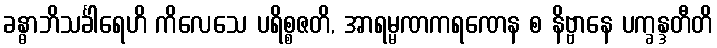
ခန္ဓာဘိသင်္ခါရေဟိ ကိလေသေ ပရိစ္စဇတိ, အာရမ္မဏကရဏေန စ နိဗ္ဗာနေ ပက္ခန္ဒတီတိ